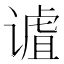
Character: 𫍹